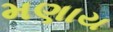
મણાય